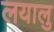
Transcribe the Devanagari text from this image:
लयालु